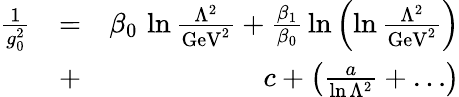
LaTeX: \begin{array}{rlr}{{\frac{1}{g_{0}^{2}}}}&{=}&{\beta_{0}\, \ln{\frac{\Lambda^{2}}{\mathrm{GeV}^{2}}}+{\frac{\beta_{1}}{\beta_{0}}}\ln\left(\ln{\frac{\Lambda^{2}}{\mathrm{GeV}^{2}}}\right)}\\ &{+}&{c+\left({\frac{a}{\ln\Lambda^{2}}}+\dots\right)}\end{array}